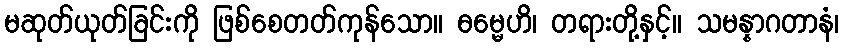
မဆုတ်ယုတ်ခြင်းကို ဖြစ်စေတတ်ကုန်သော။ ဓမ္မေဟိ၊ တရားတို့နှင့်။ သမန္နာဂတာနံ၊